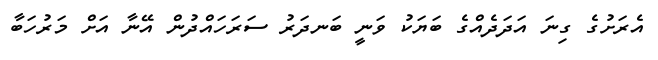
އެރަށުގެ ގިނަ އަދަދެއްގެ ބަޔަކު ވަނީ ބަނދަރު ސަރަހައްދުން އޭނާ އަށް މަރުހަބާ